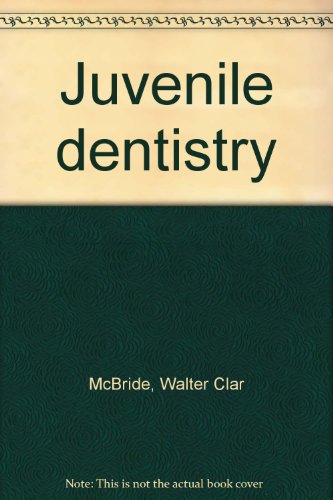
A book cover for Juvenile dentistry; Walter Clar McBride; Medical Books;